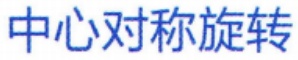
中心对称旋转